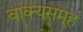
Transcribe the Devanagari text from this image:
वाक्यसमूह